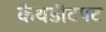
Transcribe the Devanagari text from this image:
कैथडीटपट